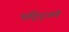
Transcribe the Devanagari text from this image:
पद्द्तिणे